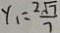
y _ { 1 } = \frac { 2 \sqrt { 7 } } { 7 }